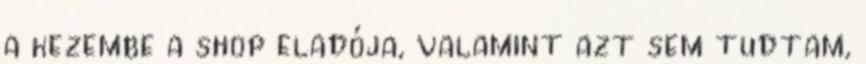
a kezembe a shop eladója, valamint azt sem tudtam,